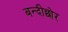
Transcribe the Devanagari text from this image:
बन्दीछोर